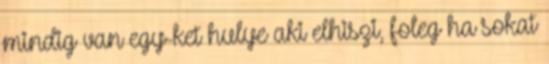
mindig van egy-ket hulye aki elhiszi, foleg ha sokat